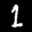
Label: 1